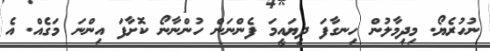
ނުހުރެޔޯ. މިދިމާލުން ހިނގާފަ ދިޔައީމަ ފެންނަން ހުންނާނޯ ކޮށާފަ އިންނަ މަގެއް. އެ